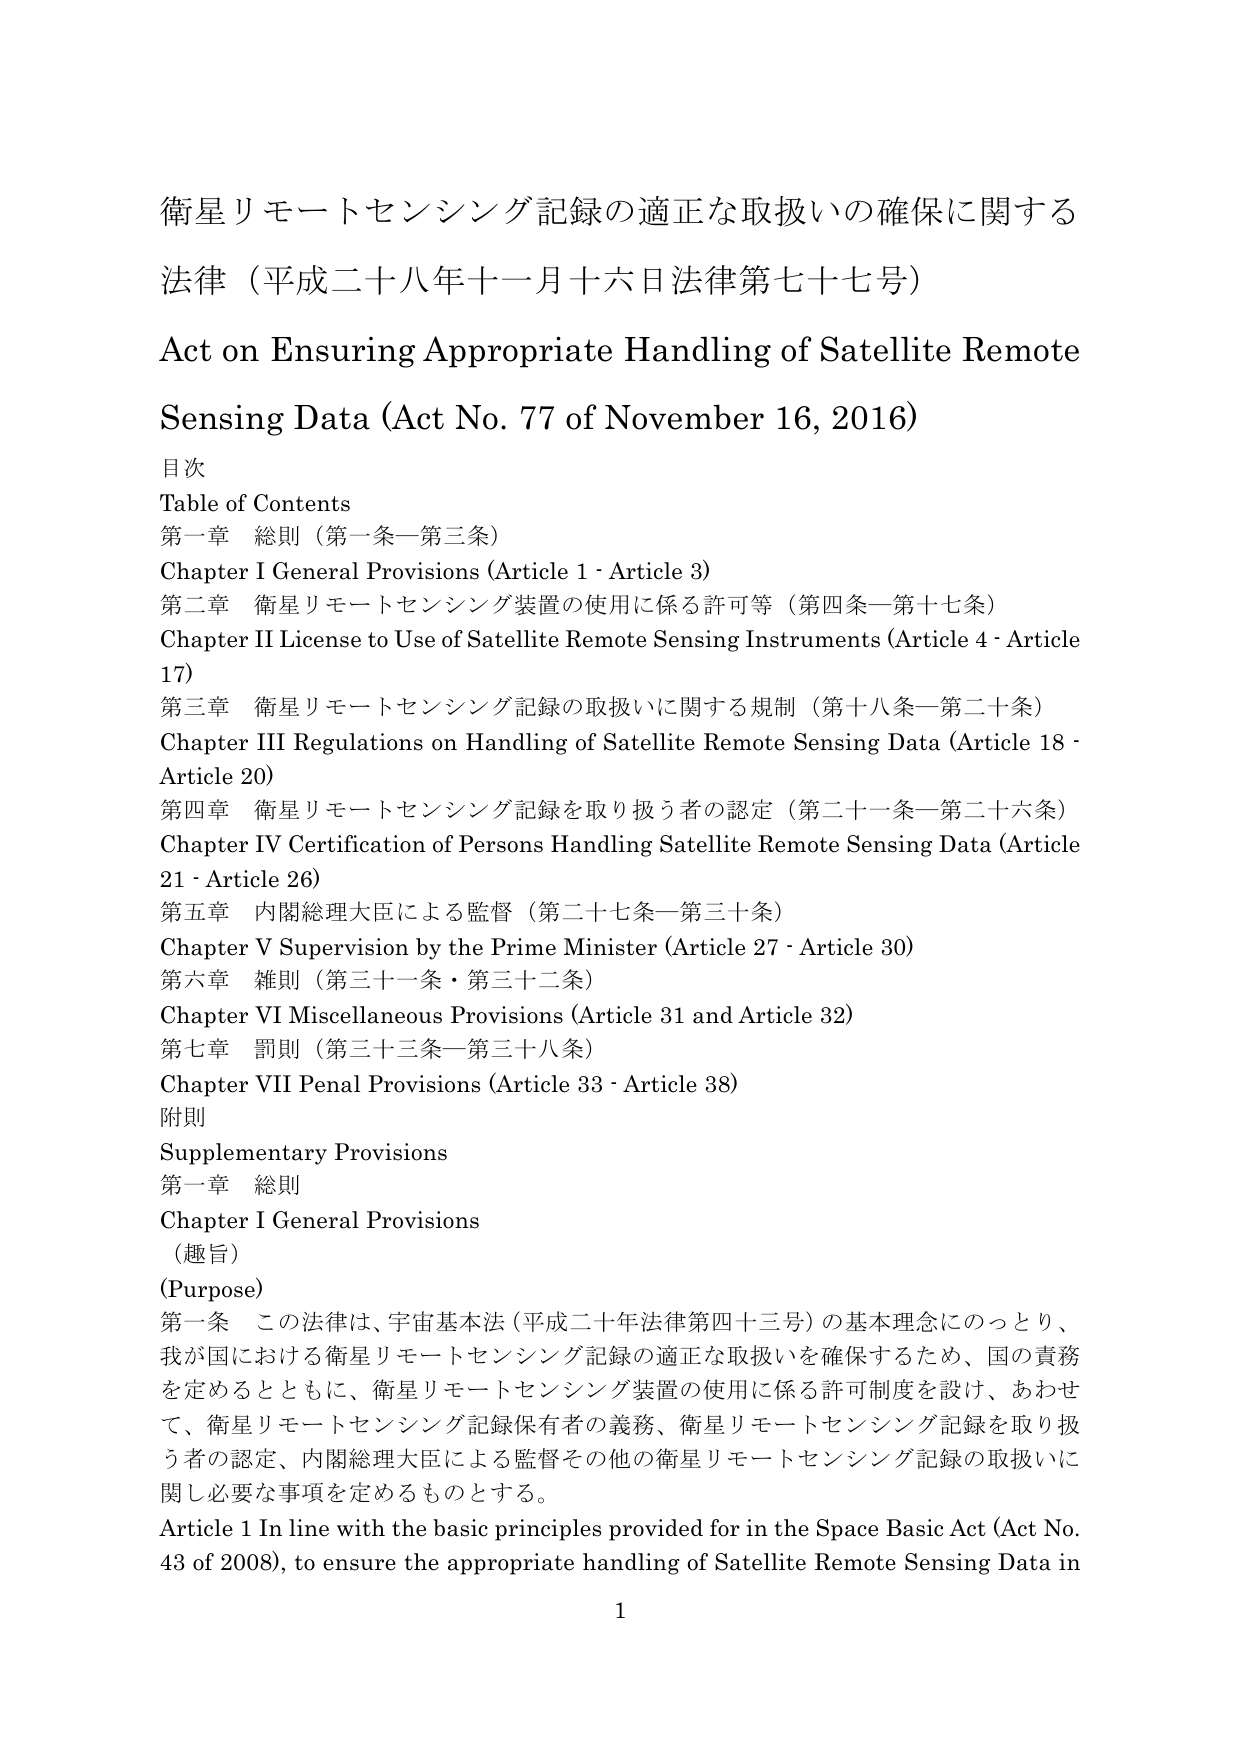
衛星リモートセンシング記録の適正な取扱いの確保に関する
法律（平成二十八年十一月十六日法律第七十七号）
Act on Ensuring Appropriate Handling of Satellite Remote
Sensing Data (Act No. 77 of November 16, 2016)
目次
Table of Contents
第一章 総則（第一条－第三条）
Chapter I General Provisions (Article 1 - Article 3)
第二章 衛星リモートセンシング装置の使用に係る許可等（第四条－第十七条）
Chapter II License to Use of Satellite Remote Sensing Instruments (Article 4 - Article 17)
第三章 衛星リモートセンシング記録の取扱いに関する規制（第十八条－第二十条）
Chapter III Regulations on Handling of Satellite Remote Sensing Data (Article 18 - Article 20)
第四章 衛星リモートセンシング記録を取り扱う者の認定（第二十一条－第二十六条）
Chapter IV Certification of Persons Handling Satellite Remote Sensing Data (Article 21 - Article 26)
第五章 内閣総理大臣による監督（第二十七条－第三十条）
Chapter V Supervision by the Prime Minister (Article 27 - Article 30)
第六章 雑則（第三十一条・第三十二条）
Chapter VI Miscellaneous Provisions (Article 31 and Article 32)
第七章 罰則（第三十三条－第三十八条）
Chapter VII Penal Provisions (Article 33 - Article 38)
附則
Supplementary Provisions
第一章 総則
Chapter I General Provisions
（趣旨）
(Purpose)
第一条 この法律は、宇宙基本法（平成二十年法律第四十三号）の基本理念にのっとり、
我が国における衛星リモートセンシング記録の適正な取扱いを確保するため、国の責務
を定めるとともに、衛星リモートセンシング装置の使用に係る許可制度を設け、あわせ
て、衛星リモートセンシング記録保有者の義務、衛星リモートセンシング記録を取り扱
う者の認定、内閣総理大臣による監督その他の衛星リモートセンシング記録の取扱いに
関し必要な事項を定めるものとする。
Article 1 In line with the basic principles provided for in the Space Basic Act (Act No.
43 of 2008), to ensure the appropriate handling of Satellite Remote Sensing Data in
1